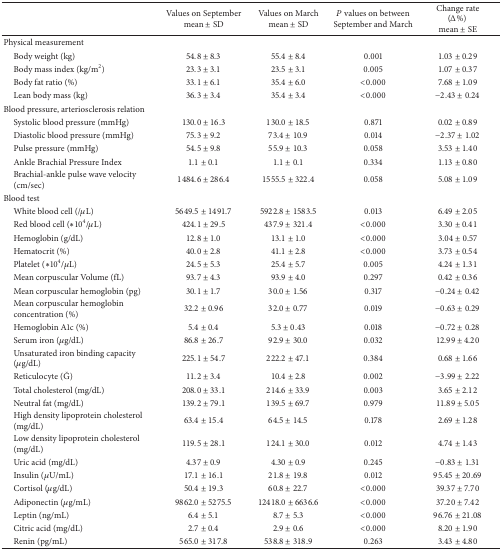
<table><thead><tr><td><b> </b></td><td><b>Values on Septembermean ± SD</b></td><td><b>Values on Marchmean ± SD</b></td><td><b><i>P</i> values on between September and March</b></td><td><b>Change rate(Δ%) mean ± SE</b></td></tr></thead><tbody><tr><td>Physical measurement</td><td> </td><td> </td><td> </td><td> </td></tr><tr><td> Body weight (kg)</td><td>54.8 ± 8.3</td><td>55.4 ± 8.4</td><td>0.001</td><td>1.03 ± 0.29</td></tr><tr><td> Body mass index (kg/m<sup>2</sup>)</td><td>23.3 ± 3.1</td><td>23.5 ± 3.1</td><td>0.005</td><td>1.07 ± 0.37</td></tr><tr><td> Body fat ratio (%)</td><td>33.1 ± 6.1</td><td>35.4 ± 6.0</td><td>&lt;0.000</td><td>7.68 ± 1.09</td></tr><tr><td> Lean body mass (kg)</td><td>36.3 ± 3.4</td><td>35.4 ± 3.4</td><td>&lt;0.000</td><td>−2.43 ± 0.24</td></tr><tr><td>Blood pressure, arteriosclerosis relation</td><td> </td><td> </td><td> </td><td> </td></tr><tr><td> Systolic blood pressure (mmHg)</td><td>130.0 ± 16.3</td><td>130.0 ± 18.5</td><td>0.871</td><td>0.02 ± 0.89</td></tr><tr><td> Diastolic blood pressure (mmHg)</td><td>75.3 ± 9.2</td><td>73.4 ± 10.9</td><td>0.014</td><td>−2.37 ± 1.02</td></tr><tr><td> Pulse pressure (mmHg)</td><td>54.5 ± 9.8</td><td>55.9 ± 10.3</td><td>0.058</td><td>3.53 ± 1.40</td></tr><tr><td> Ankle Brachial Pressure Index </td><td>1.1 ± 0.1</td><td>1.1 ± 0.1</td><td>0.334</td><td>1.13 ± 0.80</td></tr><tr><td> Brachial-ankle pulse wave velocity (cm/sec)</td><td>1484.6 ± 286.4</td><td>1555.5 ± 322.4</td><td>0.058</td><td>5.08 ± 1.09</td></tr><tr><td>Blood test</td><td> </td><td> </td><td> </td><td> </td></tr><tr><td> White blood cell (/<i>μ</i>L)</td><td>5649.5 ± 1491.7</td><td>5922.8 ± 1583.5</td><td>0.013</td><td>6.49 ± 2.05</td></tr><tr><td> Red blood cell (∗10<sup>4</sup>/<i>μ</i>L)</td><td>424.1 ± 29.5</td><td>437.9 ± 321.4</td><td>&lt;0.000</td><td>3.30 ± 0.41</td></tr><tr><td> Hemoglobin (g/dL)</td><td>12.8 ± 1.0</td><td>13.1 ± 1.0</td><td>&lt;0.000</td><td>3.04 ± 0.57</td></tr><tr><td> Hematocrit (%)</td><td>40.0 ± 2.8</td><td>41.1 ± 2.8</td><td>&lt;0.000</td><td>3.73 ± 0.54</td></tr><tr><td> Platelet (∗10<sup>4</sup>/<i>μ</i>L)</td><td>24.5 ± 5.3</td><td>25.4 ± 5.7</td><td>0.005</td><td>4.24 ± 1.31</td></tr><tr><td> Mean corpuscular Volume (fL)</td><td>93.7 ± 4.3</td><td>93.9 ± 4.0</td><td>0.297</td><td>0.42 ± 0.36</td></tr><tr><td> Mean corpuscular hemoglobin (pg)</td><td>30.1 ± 1.7</td><td>30.0 ± 1.56</td><td>0.317</td><td>−0.24 ± 0.42</td></tr><tr><td> Mean corpuscular hemoglobin concentration (%)</td><td>32.2 ± 0.96</td><td>32.0 ± 0.77</td><td>0.019</td><td>−0.63 ± 0.29</td></tr><tr><td> Hemoglobin A1c (%)</td><td>5.4 ± 0.4</td><td>5.3 ± 0.43</td><td>0.018</td><td>−0.72 ± 0.28</td></tr><tr><td> Serum iron (<i>μ</i>g/dL)</td><td>86.8 ± 26.7</td><td>92.9 ± 30.0</td><td>0.032</td><td>12.99 ± 4.20</td></tr><tr><td> Unsaturated iron binding capacity (<i>μ</i>g/dL)</td><td>225.1 ± 54.7</td><td>222.2 ± 47.1</td><td>0.384</td><td>0.68 ± 1.66</td></tr><tr><td> Reticulocyte (‰)</td><td>11.2 ± 3.4</td><td>10.4 ± 2.8</td><td>0.002</td><td>−3.99 ± 2.22</td></tr><tr><td> Total cholesterol (mg/dL)</td><td>208.0 ± 33.1</td><td>214.6 ± 33.9</td><td>0.003</td><td>3.65 ± 2.12</td></tr><tr><td> Neutral fat (mg/dL)</td><td>139.2 ± 79.1</td><td>139.5 ± 69.7</td><td>0.979</td><td>11.89 ± 5.05</td></tr><tr><td> High density lipoprotein cholesterol (mg/dL)</td><td>63.4 ± 15.4</td><td>64.5 ± 14.5</td><td>0.178</td><td>2.69 ± 1.28</td></tr><tr><td> Low density lipoprotein cholesterol (mg/dL)</td><td>119.5 ± 28.1</td><td>124.1 ± 30.0</td><td>0.012</td><td>4.74 ± 1.43</td></tr><tr><td> Uric acid (mg/dL)</td><td>4.37 ± 0.9</td><td>4.30 ± 0.9</td><td>0.245</td><td>−0.83 ± 1.31</td></tr><tr><td> Insulin (<i>μ</i>U/mL)</td><td>17.1 ± 16.1</td><td>21.8 ± 19.8</td><td>0.012</td><td>95.45 ± 20.69</td></tr><tr><td> Cortisol (<i>μ</i>g/dL)</td><td>50.4 ± 19.3</td><td>60.8 ± 22.7</td><td>&lt;0.000</td><td>39.37 ± 7.70</td></tr><tr><td> Adiponectin (<i>μ</i>g/mL)</td><td>9862.0 ± 5275.5</td><td>12418.0 ± 6636.6</td><td>&lt;0.000</td><td>37.20 ± 7.42</td></tr><tr><td> Leptin (ng/mL)</td><td>6.4 ± 5.1</td><td>8.7 ± 5.3</td><td>&lt;0.000</td><td>96.76 ± 21.08</td></tr><tr><td> Citric acid (mg/dL)</td><td>2.7 ± 0.4</td><td>2.9 ± 0.6</td><td>&lt;0.000</td><td>8.20 ± 1.90</td></tr><tr><td> Renin (pg/mL)</td><td>565.0 ± 317.8</td><td>538.8 ± 318.9</td><td>0.263</td><td>3.43 ± 4.80</td></tr></tbody></table>